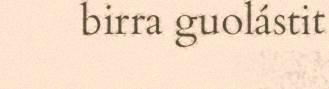
birra guolástit